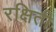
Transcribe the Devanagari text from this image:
रक्षिती